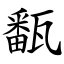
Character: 㽃